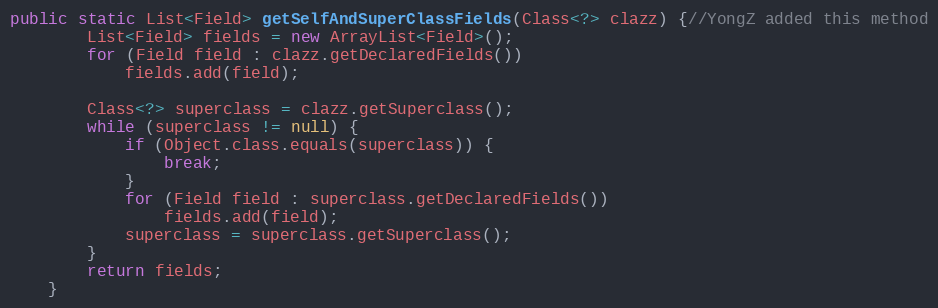
Language: Java
public static List<Field> getSelfAndSuperClassFields(Class<?> clazz) {//YongZ added this method
		List<Field> fields = new ArrayList<Field>();
		for (Field field : clazz.getDeclaredFields())
			fields.add(field);

		Class<?> superclass = clazz.getSuperclass();
		while (superclass != null) {
			if (Object.class.equals(superclass)) {
				break;
			}
			for (Field field : superclass.getDeclaredFields())
				fields.add(field);
			superclass = superclass.getSuperclass();
		}
		return fields;
	}